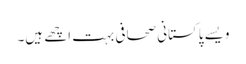
ویسے پاکستانی صحافی بہت اچھے ہیں۔